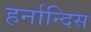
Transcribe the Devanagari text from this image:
हर्नान्दिस